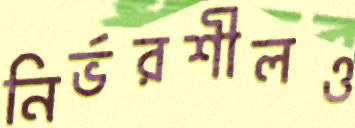
নির্ভরশীলও